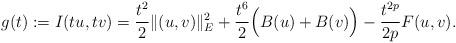
LaTeX: \begin{align*}g(t):=I(tu,tv)=\frac{t^{2}}{2}\|(u,v)\|_{E}^{2}+\frac{t^{6}}{2}\Big(B(u)+B(v)\Big)-\frac{t^{2p}}{2p}F(u,v).\end{align*}